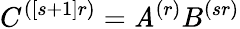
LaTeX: C^{([s+1]r)}=\mathit{A}^{(r)}B^{(sr)}